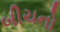
બીચનો